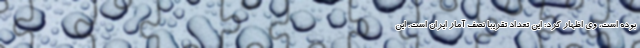
بوده است، وی اظهار کرد: این تعداد تقریباً نصف آمار ایران است. این